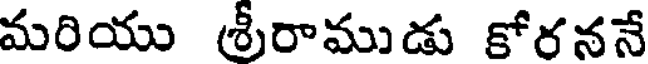
మరియు శ్రీరాముడు కోరననే